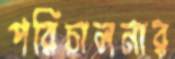
পরিচালনার